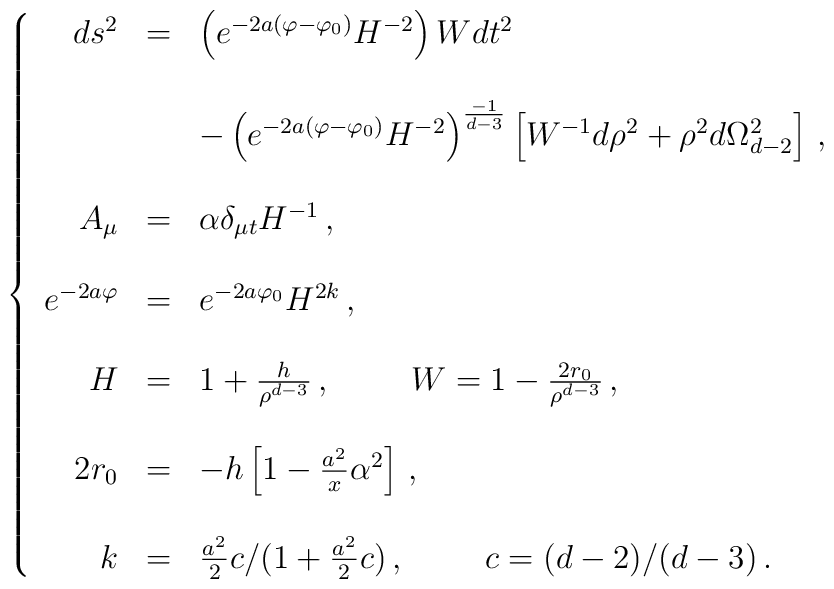
\left\{\begin{array}{rcl}ds^{2} & = & \left(e^{-2a(\varphi-\varphi_{0})} H^{-2}\right) W dt^{2}  \\& & \\& & -\left(e^{-2a(\varphi-\varphi_{0})} H^{-2}\right)^{\frac{-1}{d-3}}\left[W^{-1}d\rho^{2} +\rho^{2}d\Omega_{d-2}^{2}  \right]\, , \\& & \\A_{\mu} & = & \alpha \delta_{\mu t} H^{-1}\, , \\& & \\e^{-2a\varphi} & = & e^{-2a\varphi_{0}} H^{2k}\, , \\& & \\H & = & 1+\frac{h}{\rho^{d-3}}\, , \hspace{1cm}W=1-\frac{2r_{0}}{\rho^{d-3}}\, , \\& & \\2r_{0} & = & -h\left[1 -\frac{a^{2}}{x}\alpha^{2} \right]\, , \\& & \\k & = &  \frac{a^{2}}{2} c/(1+\frac{a^{2}}{2}c)\, ,\hspace{1cm}c=(d-2)/(d-3)\, . \\\end{array}\right.